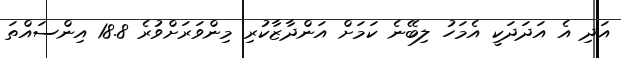
އަދި އެ އަދަދަކީ އެމަހު ލިބޭނެ ކަމަށް އަންދާޒާކުރި މިންވަރަށްވުރެ 18.8 އިންސައްތަ